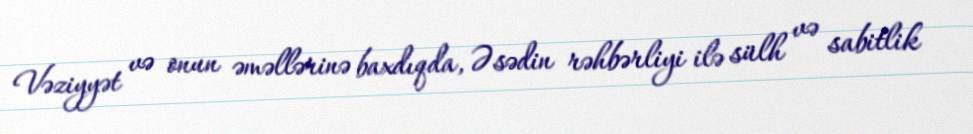
Vəziyyət və onun əməllərinə baxdıqda, Əsədin rəhbərliyi ilə sülh və sabitlik